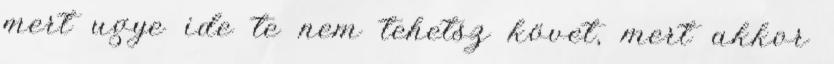
mert ugye ide te nem tehetsz követ, mert akkor